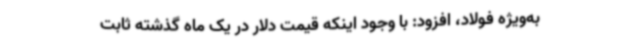
به‌ویژه فولاد، افزود: با وجود اینکه قیمت دلار در یک ماه گذشته ثابت